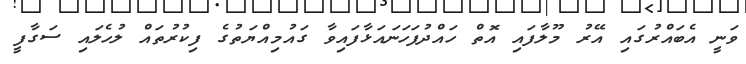
ވަނީ އެބައްރުގައި އޭރު މޫލާފައި އޮތް ހައްދުފަހަނައަޅާފައިވާ ގައުމިއްޔަތުގެ ފިކުރުތައް ލުހެލައި ސަގާފީ